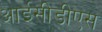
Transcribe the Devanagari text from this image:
आईसीडीएस